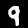
Label: 9